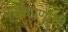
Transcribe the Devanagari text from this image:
परकेपणाची